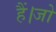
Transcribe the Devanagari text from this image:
हैं।जो